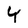
Character: Y